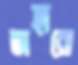
তাহারো